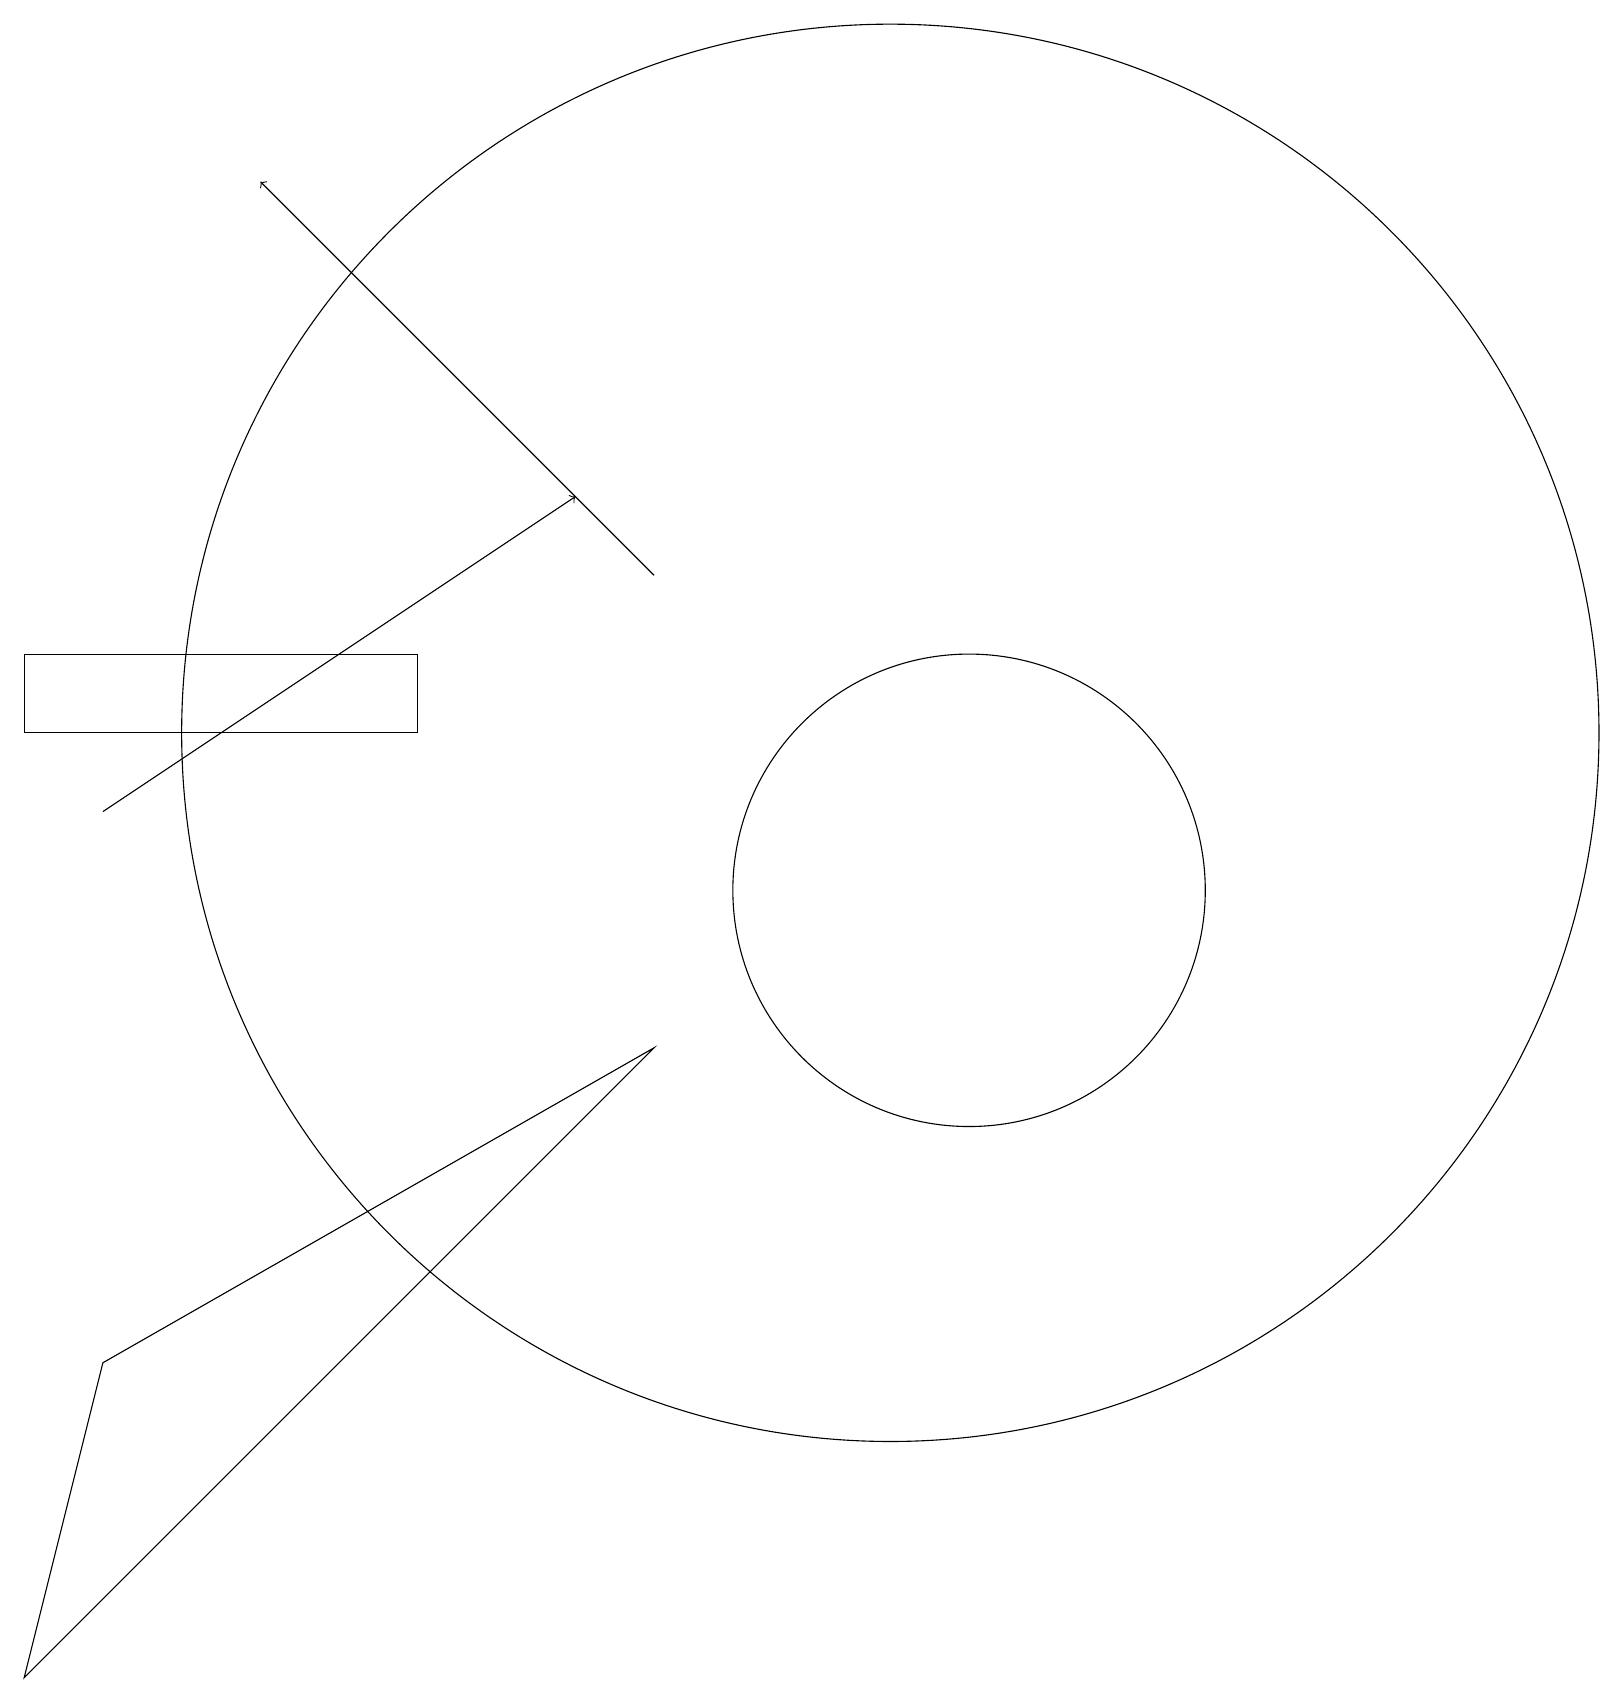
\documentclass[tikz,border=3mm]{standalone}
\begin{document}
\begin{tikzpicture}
\draw (1,4) -- (8,8) -- (0,0) -- cycle;
\draw (12,10) circle (3);
\draw (0,12) rectangle (5,13);
\draw[->] (1,11) -- (7,15);
\draw[->] (8,14) -- (3,19);
\draw (11,12) circle (9);
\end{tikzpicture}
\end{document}